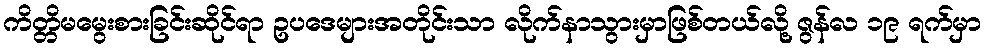
ကိတ္တိမမွေးစားခြင်းဆိုင်ရာ ဥပဒေများအတိုင်းသာ လိုက်နာသွားမှာဖြစ်တယ်လို့ ဇွန်လ ၁၉ ရက်မှာ